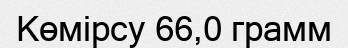
Көмірсу 66,0 грамм